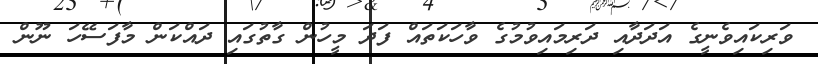
ވަރިކައިވެނީގެ އަދަދާއި ދަރިމައިވުމުގެ ވާހަކަތައް ފަދަ މީހުން ގާތުގައި ދައްކަން މާފަސޭހަ ނޫން